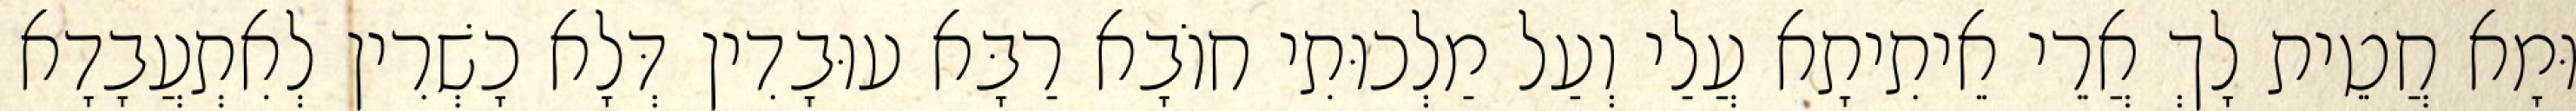
וּמָא חֲטֵית לָךְ אֲרֵי אֵיתִיתָא עֲלַי וְעַל מַלְכוּתִי חוֹבָא רַבָּא עוּבָדִין דְּלָא כָשְׁרִין לְאִתְעֲבָדָא